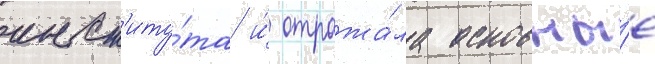
инст'иту́та и́ отража́ла основны́е